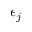
\epsilon _ { j }